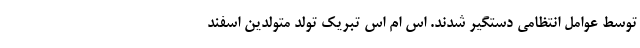
توسط عوامل انتظامی دستگیر شدند. اس ام اس تبریک تولد متولدین اسفند